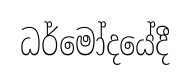
ධර්මෝදයේදී